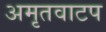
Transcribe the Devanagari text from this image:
अमृतवाटप